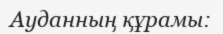
Ауданның құрамы: